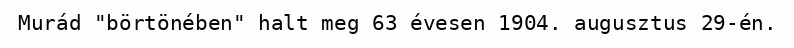
Murád "börtönében" halt meg 63 évesen 1904. augusztus 29-én.